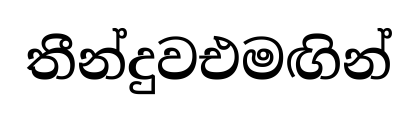
තීන්දුවඑමඟින්